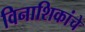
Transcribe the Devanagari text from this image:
विनाशिकांचे